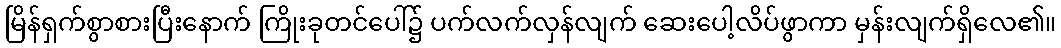
မြိန်ရှက်စွာစားပြီးနောက် ကြိုးခုတင်ပေါ်၌ ပက်လက်လှန်လျက် ဆေးပေါ့လိပ်ဖွာကာ မှန်းလျက်ရှိလေ၏။